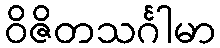
ဝိဇိတသင်္ဂါမာ